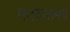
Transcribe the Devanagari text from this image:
मतदारामधे